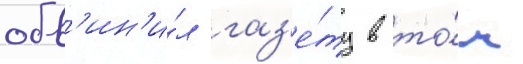
обв'ин'и́л газ'е́ту в то́м